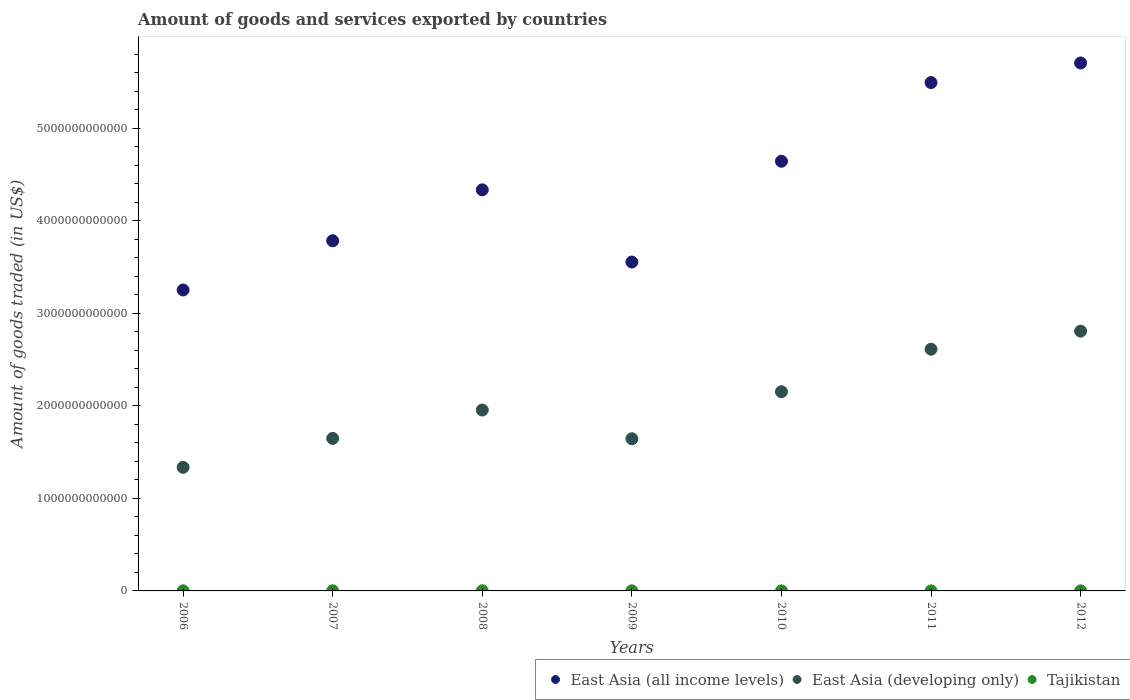
| Years | East Asia (all income levels) | East Asia (developing only) | Tajikistan |
 | --- | --- | --- | --- |
 | 2006 | 3.25e+12 | 1.34e+12 | 1.51e+09 |
 | 2007 | 3.78e+12 | 1.65e+12 | 1.56e+09 |
 | 2008 | 4.33e+12 | 1.95e+12 | 1.57e+09 |
 | 2009 | 3.55e+12 | 1.64e+12 | 1.04e+09 |
 | 2010 | 4.64e+12 | 2.15e+12 | 4.59e+08 |
 | 2011 | 5.49e+12 | 2.61e+12 | 5.93e+08 |
 | 2012 | 5.7e+12 | 2.81e+12 | 8.26e+08 |